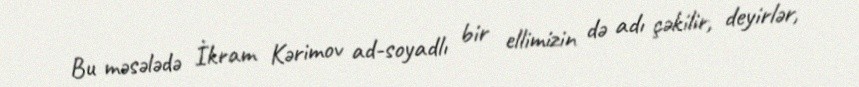
Bu məsələdə İkram Kərimov ad-soyadlı bir ellimizin də adı çəkilir, deyirlər,